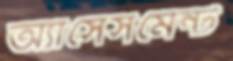
অ্যাসেসমেন্ট